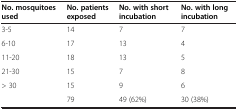
| No. mosquitoes used | No. patients exposed | No. with short incubation | No. with long incubation |
 | --- | --- | --- | --- |
 | 3-5 | 14 | 7 | 7 |
 | 6-10 | 17 | 13 | 4 |
 | 11-20 | 18 | 13 | 5 |
 | 21-30 | 15 | 7 | 8 |
 | > 30 | 15 | 9 | 6 |
 |  | 79 | 49 (62%) | 30 (38%) |